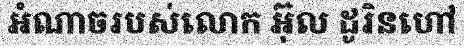
អំណាចរបស់លោក អ៊ុល ដូរិនហៅ